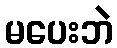
မပေးဘဲ